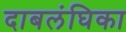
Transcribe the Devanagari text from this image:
दाबलंघिका